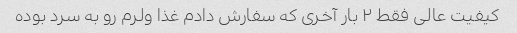
کیفیت عالی فقط ۲ بار آخری که سفارش دادم غذا ولرم رو به سرد بوده